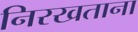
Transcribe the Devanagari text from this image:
निरखताना